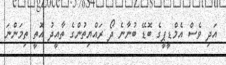
އަދި ވެސް އެމްޑީޕީގެ ބޮޑޭ ބުނާނެ ދޯ ރައްޔިތުންގެ ތާއީދު އޮތީ ތިމަންނަ